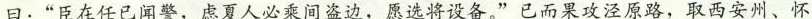
曰：”臣在任已闻警，虑夏人必乘间盗边，愿选将设备。”已而果攻泾原路，取西安州、怀